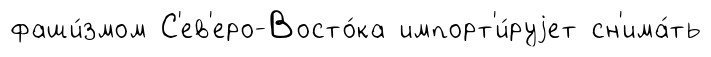
фаши́змом С'ев'еро-Восто́ка импорт'и́руjет сн'има́ть